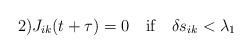
LaTeX: \begin{align*}\mbox{2)}J_{ik}(t+\tau)=0\quad\mbox{if}\quad\delta s_{ik}<\lambda_1\end{align*}